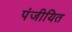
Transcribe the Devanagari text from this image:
पंजीयित